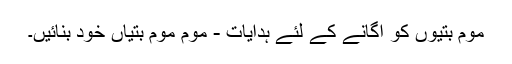
موم بتیوں کو اگانے کے لئے ہدایات - موم موم بتیاں خود بنائیں۔